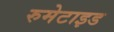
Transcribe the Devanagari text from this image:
रुमेटाइड